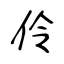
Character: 伶